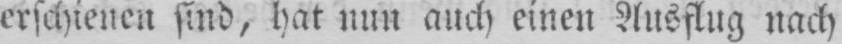
erschienen sind, hat nun auch einen Ausflug nach